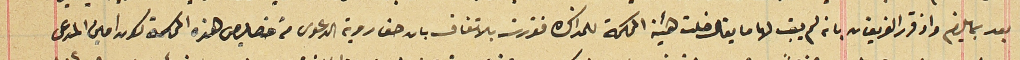
بعد بما يلزم واذ قرر الفريقان بانه لم يفِ لها ما يقال خلت هيئة المحكمة للمذاكره فقررت بالاتفاق بان حق روية الدعوى من خصيص هذه المحكمة لكون امين المدعى